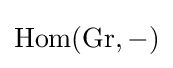
\mathrm {Hom} (\mathrm {Gr} ,-)